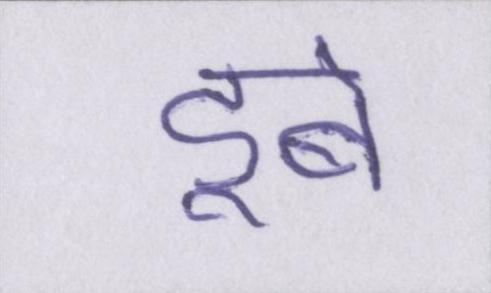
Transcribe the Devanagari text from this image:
डूबे